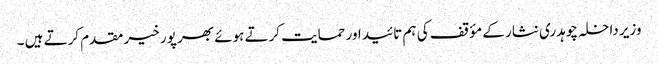
وزیر داخلہ چوہدری نثار کے مؤقف کی ہم تائید اور حمایت کرتے ہوئے بھر پور خیر مقدم کرتے ہیں ۔